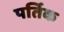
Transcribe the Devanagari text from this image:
पर्तिक